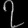
Digit: ၇